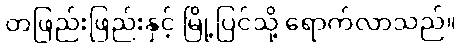
တဖြည်းဖြည်းနှင့် မြို့ပြင်သို့ ရောက်လာသည်။